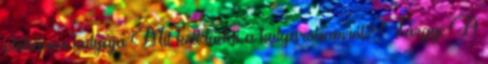
plébános kutyája Mit kell tudni a kutyarohamról? Tárgy: A